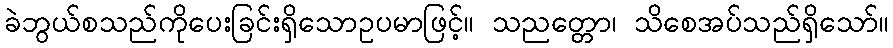
ခဲဘွယ်စသည်ကိုပေးခြင်းရှိသောဥပမာဖြင့်။ သညတ္တော၊ သိစေအပ်သည်ရှိသော်။